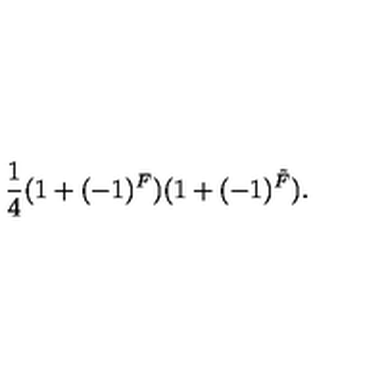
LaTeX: \frac { 1 } { 4 } ( 1 + ( - 1 ) ^ { F } ) ( 1 + ( - 1 ) ^ { \tilde { F } } ) .